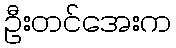
ဦးတင်အေးက